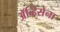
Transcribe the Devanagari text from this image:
ॲव्हिसेना